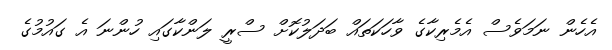
އެހެން ނަމަވެސް އެމެރިކާގެ ވާހަކަތައް ބަަދަލުކޮށް ސްރީ ލަންކާގައި ހުންނަ އެ ގައުމުގެ